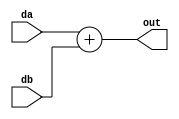
module adder ( da, db, out );
    input  [31:0] da, db;
    output [31:0] out;

    assign out = da + db;
endmodule // adder